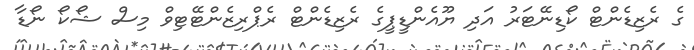
ގެ ރެޒިޑެންޓް ކޯޑިނޭޓަރު އަދި ޔޫއެންޑީޕީގެ ރެޒިޑެންޓް ރެޕްރިޒެންޓޭޓިވް މިސް ޝޯކޯ ނޯޑާ